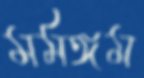
মর্মঙ্গম